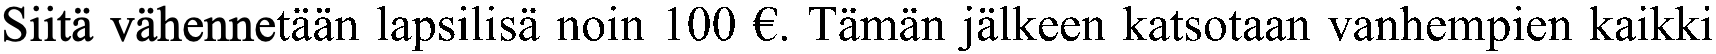
Siitä vähennetään lapsilisä noin 100 €. Tämän jälkeen katsotaan vanhempien kaikki